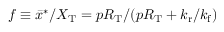
f \equiv \bar { x } ^ { \ast } / X _ { \mathrm { T } } = p R _ { \mathrm { T } } / ( p R _ { \mathrm { T } } + { k _ { \mathrm { r } } } / { k _ { \mathrm { f } } } )